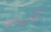
لتهريب